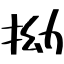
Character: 拗